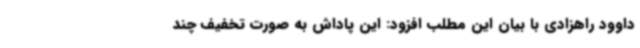
‌داوود راهزادی با بیان این مطلب افزود: این پاداش به صورت تخفیف چند